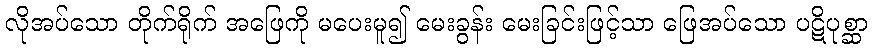
လိုအပ်သော တိုက်ရိုက် အဖြေကို မပေးမူ၍ မေးခွန်း မေးခြင်းဖြင့်သာ ဖြေအပ်သော ပဋိပုစ္ဆာ